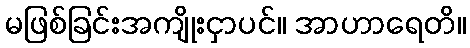
မဖြစ်ခြင်းအကျိုးငှာပင်။ အာဟာရေတိ။